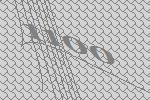
1100